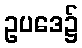
ဥပဒေ၌